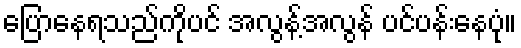
ပြောနေရသည်ကိုပင် အလွန့်အလွန် ပင်ပန်းနေပုံ။